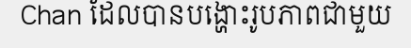
Chan ដែលបានបង្ហោះរូបភាពជាមួយ